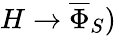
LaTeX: H\rightarrow\overline{{\Phi}}_{S})